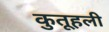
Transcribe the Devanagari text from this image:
कुतूहली